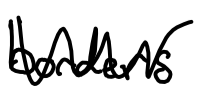
Text: borders.
Cross-out: zig-zag
Writing tool: digital_black